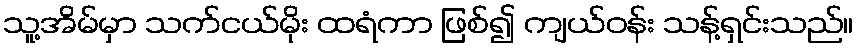
သူ့အိမ်မှာ သက်ငယ်မိုး ထရံကာ ဖြစ်၍ ကျယ်ဝန်း သန့်ရှင်းသည်။